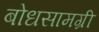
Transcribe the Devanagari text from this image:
बोधसामग्री